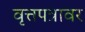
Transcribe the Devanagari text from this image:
वृत्तपत्रावर